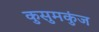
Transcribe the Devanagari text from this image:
कुसुमकुंज